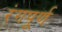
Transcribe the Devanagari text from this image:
रंगपूर्ण